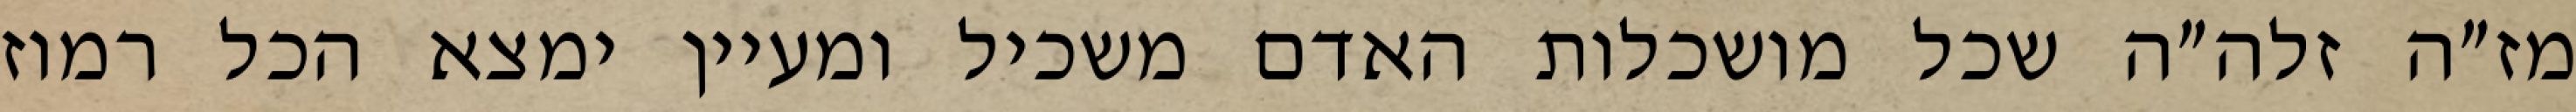
מז״ה זלה״ה שכל מושכלות האדם משכיל ומעיין ימצא הכל רמוז